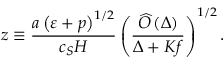
z \equiv \frac { a \left( \varepsilon + p \right) ^ { 1 / 2 } } { c _ { S } H } \left( \frac { \widehat { O } \left( \Delta \right) } { \Delta + K f } \right) ^ { 1 / 2 } .